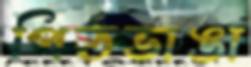
পিঠভাঙা